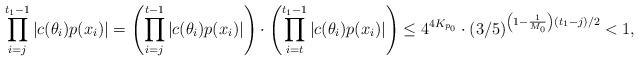
LaTeX: \begin{align*}\prod \limits_{i=j}^{t_1 - 1} |c(\theta_i)p(x_i)| = \left( \prod \limits_{i=j}^{t - 1} |c(\theta_i)p(x_i)| \right)\cdot \left( \prod \limits_{i=t}^{t_1 - 1} |c(\theta_i)p(x_i)| \right) \leq 4^{4K_{p_0}} \cdot (3/5)^{\left(1 - \frac1{M_0} \right)(t_1 - j)/2} < 1,\end{align*}